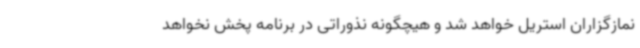
نمازگزاران استریل خواهد شد و هیچگونه نذوراتی در برنامه پخش نخواهد